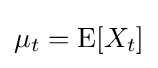
\mu _{t}=\operatorname {E} [X_{t}]